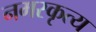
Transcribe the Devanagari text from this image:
नमस्कृत्य